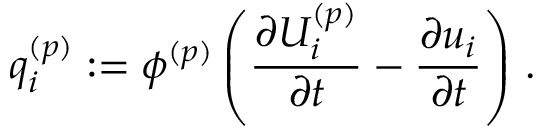
q _ { i } ^ { ( p ) } : = \phi ^ { ( p ) } \left( \frac { \partial { U _ { i } ^ { ( p ) } } } { \partial { t } } - \frac { \partial { u _ { i } } } { \partial { t } } \right) \, .